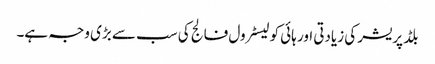
بلڈ پریشر کی زیادتی اور ہائی کولیسٹرول فالج کی سب سے بڑی وجہ ہے۔